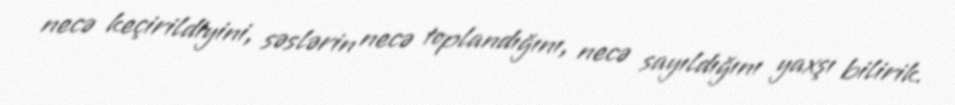
necə keçirildiyini, səslərin necə toplandığını, necə sayıldığını yaxşı bilirik.